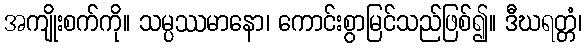
အကျိုးစက်ကို။ သမ္ပဿမာနော၊ ကောင်းစွာမြင်သည်ဖြစ်၍။ ဒီဃရတ္တံ၊